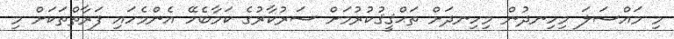
މި މައްސަލަ މިހިނދުން މިހިނދަށް ތަޙްޤީޤުކުރުމަށް ސަރުކާރުގެ ކަމާބެހޭ އެންމެހައި ފަރާތްތަކަށް މި